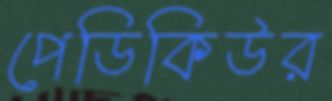
পেডিকিউর